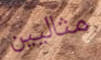
مثاليين